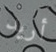
أريد